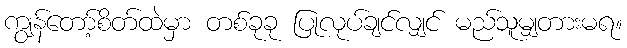
ကျွန်တော့်စိတ်ထဲမှာ တစ်ခုခု ပြုလုပ်ချင်လျှင် မည်သူမျှတားမရ။